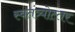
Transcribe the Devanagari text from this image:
स्वतंत्र्योत्‍तर